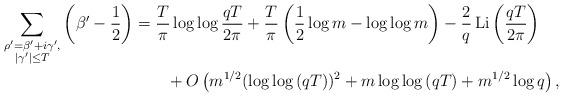
LaTeX: \begin{align*}\sum_{\substack{\rho' = \beta' + i\gamma',\\ |\gamma'| \leq T}} \left( \beta' - \frac{1}{2} \right)&= \frac{T}{\pi} \log{\log{\frac{qT}{2\pi}}} + \frac{T}{\pi} \left( \frac{1}{2} \log{m} - \log{\log{m}} \right) - \frac{2}{q} \operatorname{Li}\left( \frac{qT}{2\pi} \right) \\&\quad\quad+ O\left( m^{1/2}(\log{\log{(qT)}})^2 + m\log{\log{(qT)}} + m^{1/2}\log{q} \right),\end{align*}